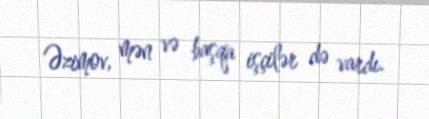
Əzimov, mən və başqa işçilər də vardı.